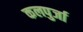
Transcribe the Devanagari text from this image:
कलपुर्जा